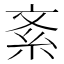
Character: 紊